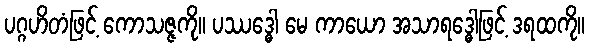
ပဂ္ဂဟိတံဖြင့် ကောသဇ္ဇကို။ ပဿဒ္ဓေါ မေ ကာယော အသာရဒ္ဓေါဖြင့် ဒရထကို။